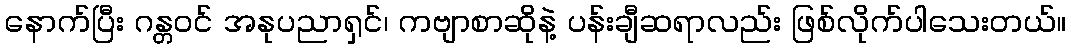
နောက်ပြီး ဂန္တဝင် အနုပညာရှင်၊ ကဗျာစာဆိုနဲ့ ပန်းချီဆရာလည်း ဖြစ်လိုက်ပါသေးတယ်။